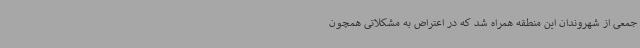
جمعی از شهروندان این منطقه همراه شد که در اعتراض به مشکلاتی همچون